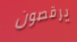
يرقصون